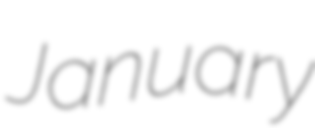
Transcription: January